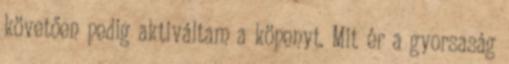
követően pedig aktiváltam a köpenyt. Mit ér a gyorsaság